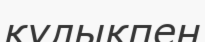
қулықпен